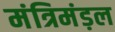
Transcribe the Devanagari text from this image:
मंत्रिमंड़ल